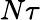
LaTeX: N\tau